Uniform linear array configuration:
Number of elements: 64
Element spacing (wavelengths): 1
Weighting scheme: blackman
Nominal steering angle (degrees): -45
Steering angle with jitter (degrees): -44.742
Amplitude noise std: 0.05
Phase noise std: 0.05

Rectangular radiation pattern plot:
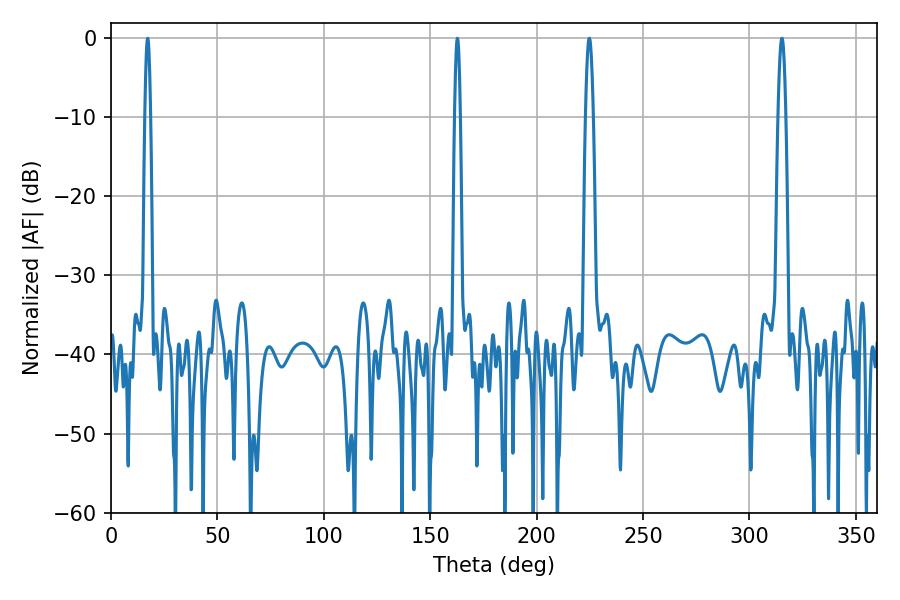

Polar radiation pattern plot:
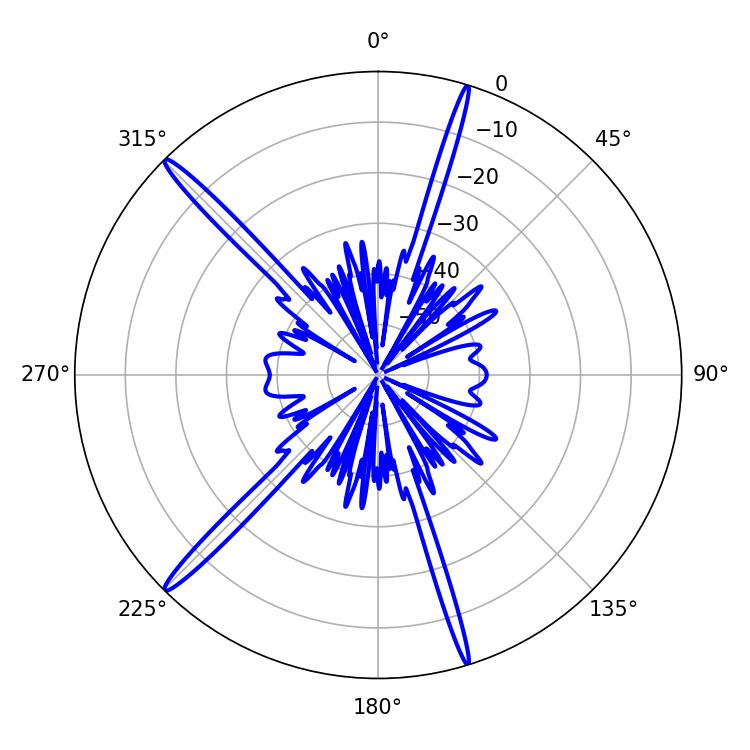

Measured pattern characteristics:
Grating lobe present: TRUE
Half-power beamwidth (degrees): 1.44
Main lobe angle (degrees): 17.28